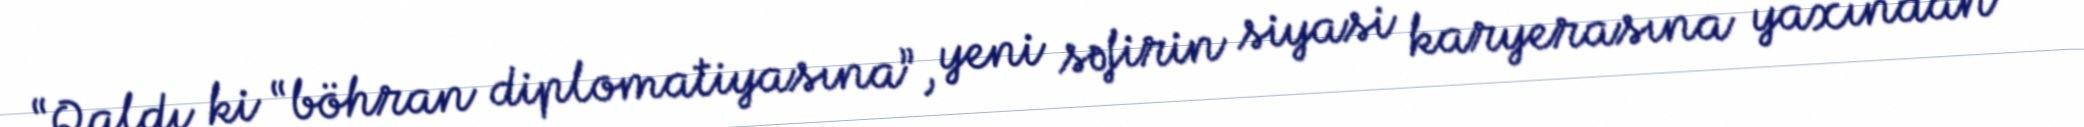
“Qaldı ki “böhran diplomatiyasına”, yeni səfirin siyasi karyerasına yaxından